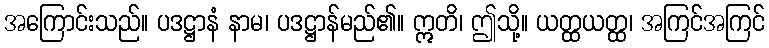
အကြောင်းသည်။ ပဒဋ္ဌာနံ နာမ၊ ပဒဋ္ဌာန်မည်၏။ ဣတိ၊ ဤသို့။ ယတ္ထယတ္ထ၊ အကြင်အကြင်